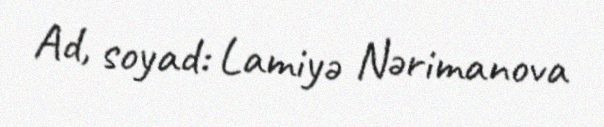
Ad, soyad: Lamiyə Nərimanova